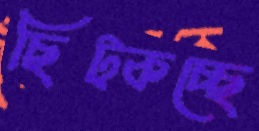
ছিট্‌কচ্ছে